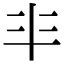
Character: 𠦂